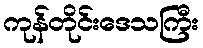
ကုန်တိုင်းဒေသကြီး